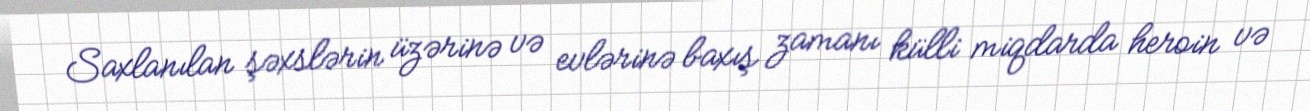
Saxlanılan şəxslərin üzərinə və evlərinə baxış zamanı külli miqdarda heroin və